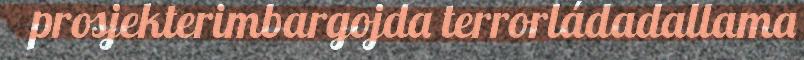
prosjekterimbargojda terrorládadallama